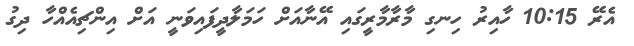
އެރޭ 10:15 ހާއިރު ހިނގި މާރާމާރީގައި އޭނާއަށް ހަމަލާދީފައިވަނީ އަށް އިންޗިއެއްހާ ދިގު